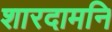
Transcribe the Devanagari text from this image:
शारदामनि